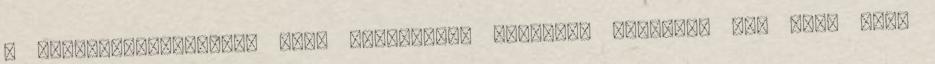
a horgászokmányokkal való visszaélés fegyelmi eljárást von maga után